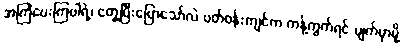
အကြံပေးကြပါရဲ့၊ တွေ့ပြီးပြောသော်လဲ ပတ်ဝန်းကျင်က ကန့်ကွက်ရင် ပျက်မှာမို့